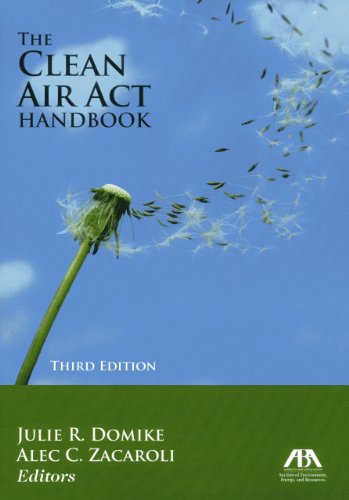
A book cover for The Clean Air Act Handbook; Law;